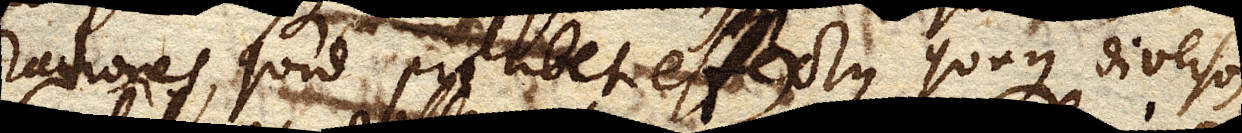
rationes, quid prohibet effectus quoque diversos,